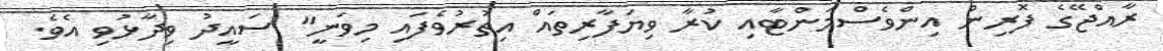
ރާއްޖޭގެ ފޮރިން އިންވެސްމަންޓާއި ކުރާ ވިޔަފާރިތައް އިތުރުވެފައި މިވަނީ" ސައީދު ވިދާޅުވި އެވެ.